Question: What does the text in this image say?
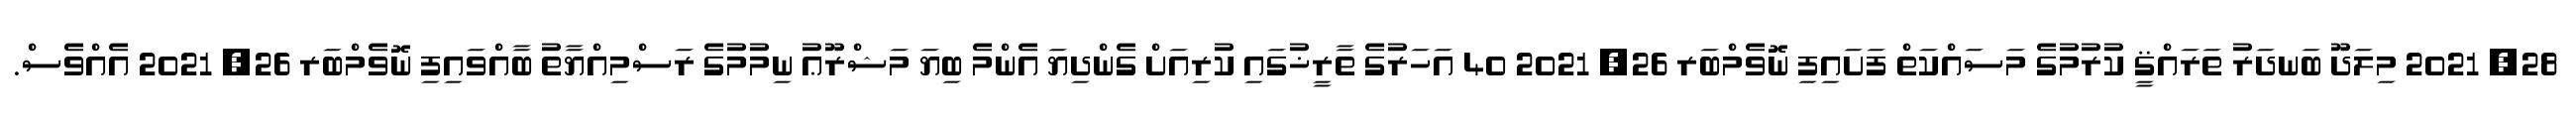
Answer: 28, 2021 މިލަދޫ ބަނދަރު ތަރައްޤީ ކުރުމުގެ މަސައްކަތް ފަށައިފި ނޮވެމްބަރ 26, 2021 40 އަހަރުގެ ތާރީޚުގައި ކުރިއަށް ގެންދިޔަ އެންމެ ބިޔަ މަޝްރޫޢު ނިމުމުގެ ރަސްމިއްޔާތު ބާއްވައިފި ނޮވެމްބަރ 26, 2021 އެއްވެސް.